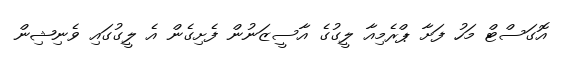
އޮގަސްޓް މަހު ފަށާ ޕްރެމިއާ ލީގުގެ އާސީޒަނުން ފެށިގެން އެ ލީގުގައި ވެނިޝިން